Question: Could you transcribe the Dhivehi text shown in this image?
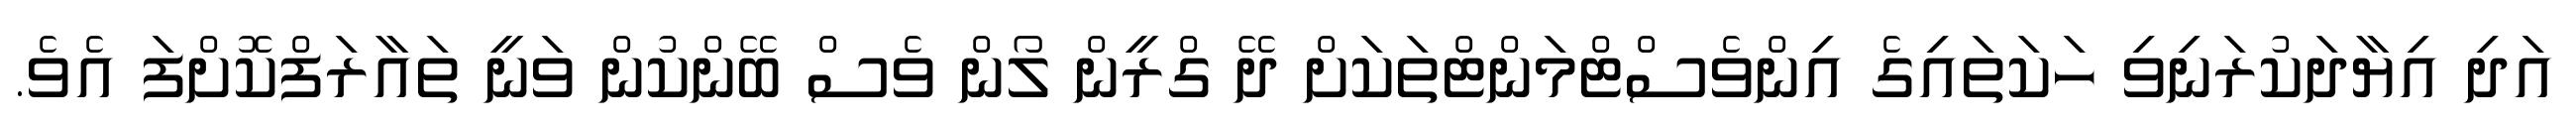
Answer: އަދި އިޔާދަކުރަނިވި ހަކަތައިގެ އިންވެސްޓްމަންޓްތަކަށް ދޭ ގްރީން ލޯން ވެސް ބޭންކުން ވަނީ ތައާރަފްކޮށްފަ އެވެ.